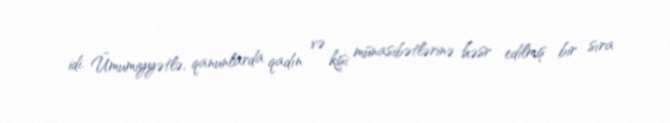
idi. Ümumiyyətlə, qanunlarda qadın və kişi münasibətlərinə həsr edilmiş bir sıra